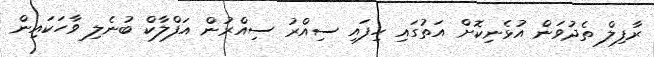
ރާފިލް ތެދުވަން އުޅެނިކޮށް އަތުގައި ހިފައި ސިއްރު ސިއްރުން އަފްލާކް ބުނެލި ވާހަކައިން